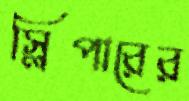
স্লিপারের